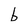
Character: b